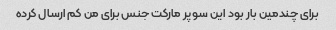
برای چندمین بار بود این سوپر مارکت جنس برای من کم ارسال کرده